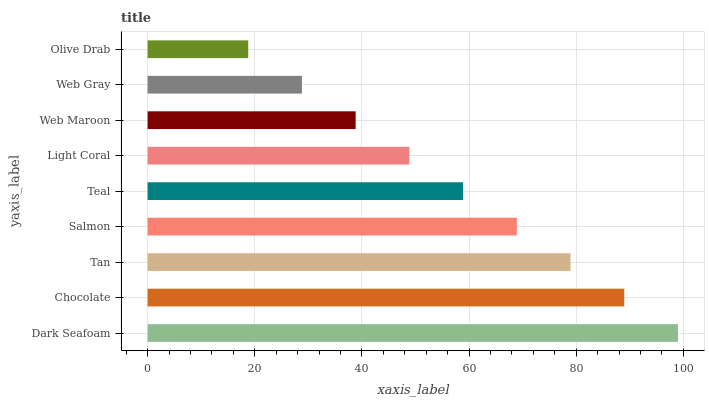
| yaxis_label | bars |
 | --- | --- |
 | Dark Seafoam | 99 |
 | Chocolate | 89 |
 | Tan | 78.9 |
 | Salmon | 68.9 |
 | Teal | 58.9 |
 | Light Coral | 48.9 |
 | Web Maroon | 38.8 |
 | Web Gray | 28.8 |
 | Olive Drab | 18.8 |